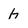
Character: h